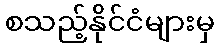
စသည့်နိုင်ငံများမှ